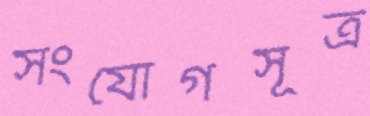
সংযোগসূত্র